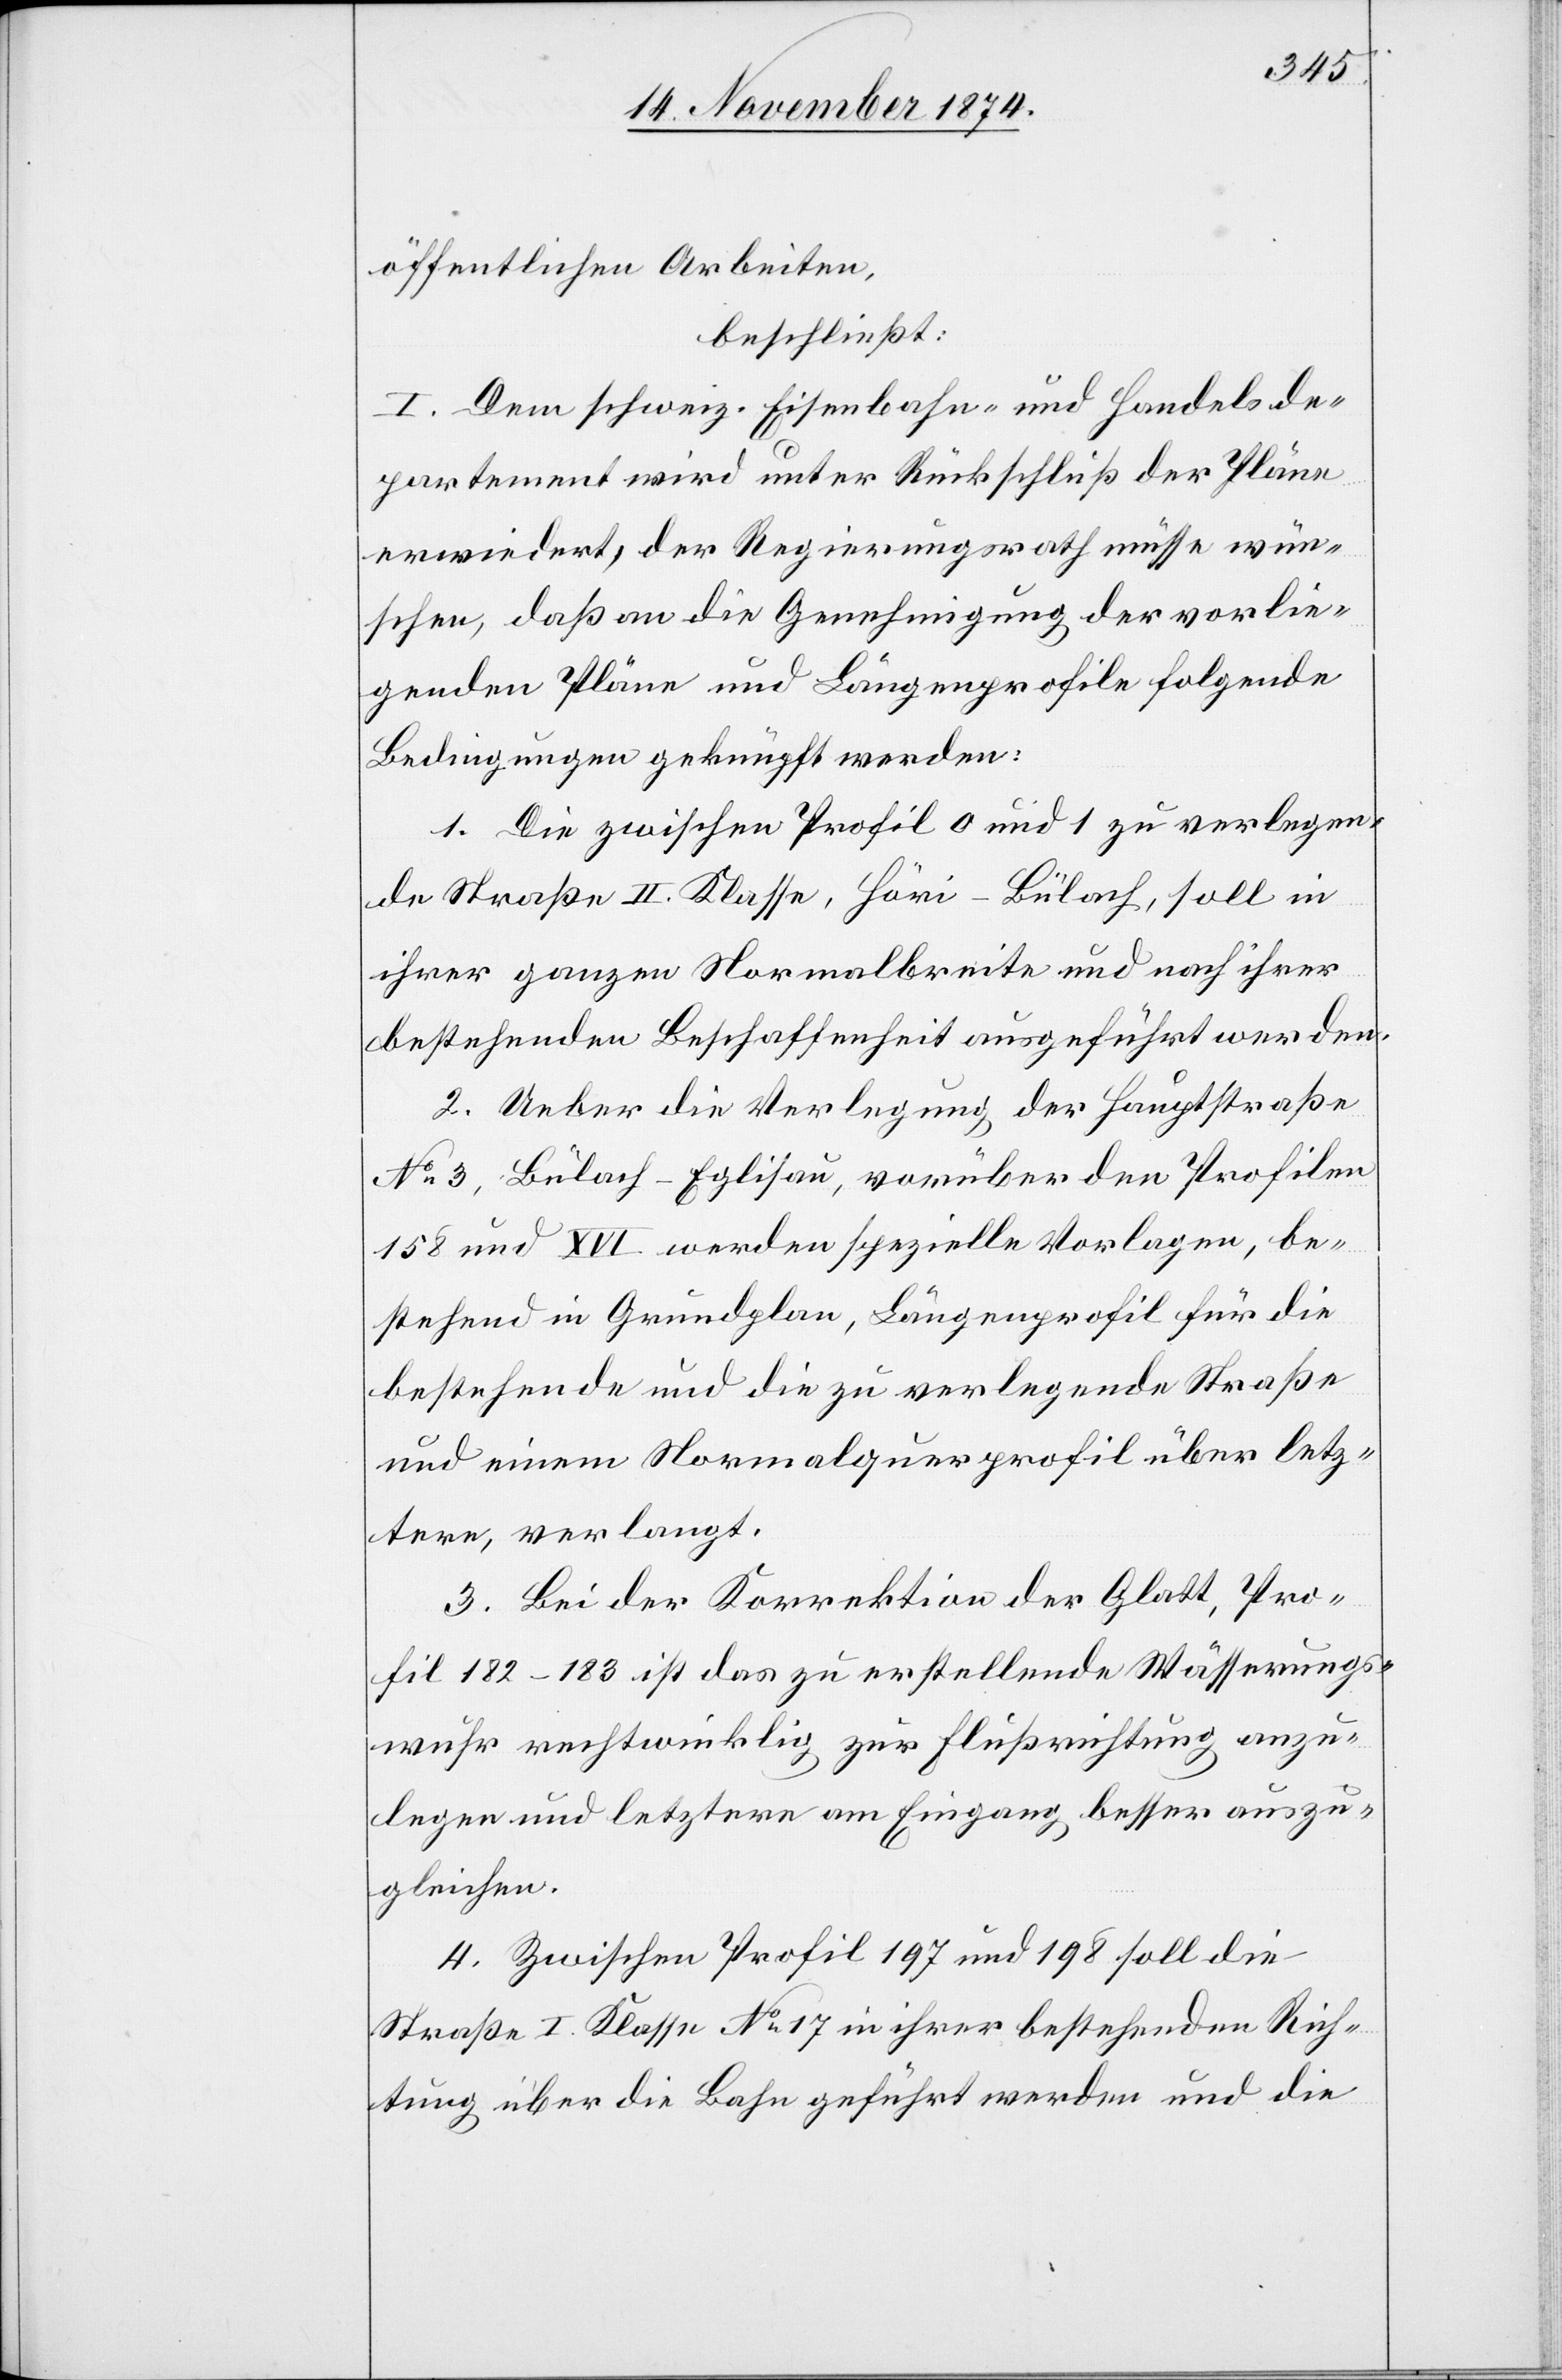
öffentlichen Arbeiten,
beschließt:
I. Dem schweiz. Eisenbahn- und Handelsde¬
partement wird unter Rückschluß der Pläne
erwiedert, der Regierungsrath müsse wün¬
schen, daß an die Genehmigung der vorlie¬
genden Pläne und Längenprofile folgende
Bedingungen geknüpft werden.
1. Die zwischen Profil 0 und 1 zu verlangen¬
de Straße II. Klasse, Höri–Bülach, soll in
ihrer ganzen Normalbreite und nach ihrer
bestehenden Beschaffenheit ausgeführt werden.
2. Ueber die Verlegung der Hauptstraße
No 3 Bülach–Eglisau, vorüber den Profilen
158 und XVI werden spezielle Vorlagen, be¬
stehend in Grundplan, Längenprofil für die
bestehende und die zu verlegende Straße
und einem Normalquerprofil über letz¬
tere, verlangt.
3. Bei der Korrektion der Glatt, Pro¬
fil 182–183 ist das zu erstellende Wässerungs¬
wuhr rechtwinklig zur Flußrichtung anzu¬
legen und letztere am Eingang besser auszu¬
gleichen.
4. Zwischen Profil 197 und 198 soll die
Straße I. Klasse No 17 in ihrer bestehenden Rich¬
tung über die Bahn geführt werden und die